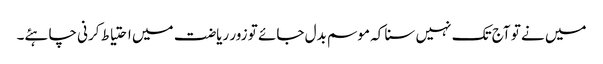
میں نے تو آج تک نہیں سنا کہ موسم بدل جائے تو زور ریاضت میں احتیاط کرنی چاہئے۔